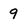
Character: 9